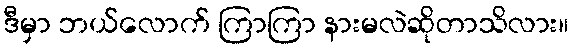
ဒီမှာ ဘယ်လောက် ကြာကြာ နားမလဲဆိုတာသိလား။